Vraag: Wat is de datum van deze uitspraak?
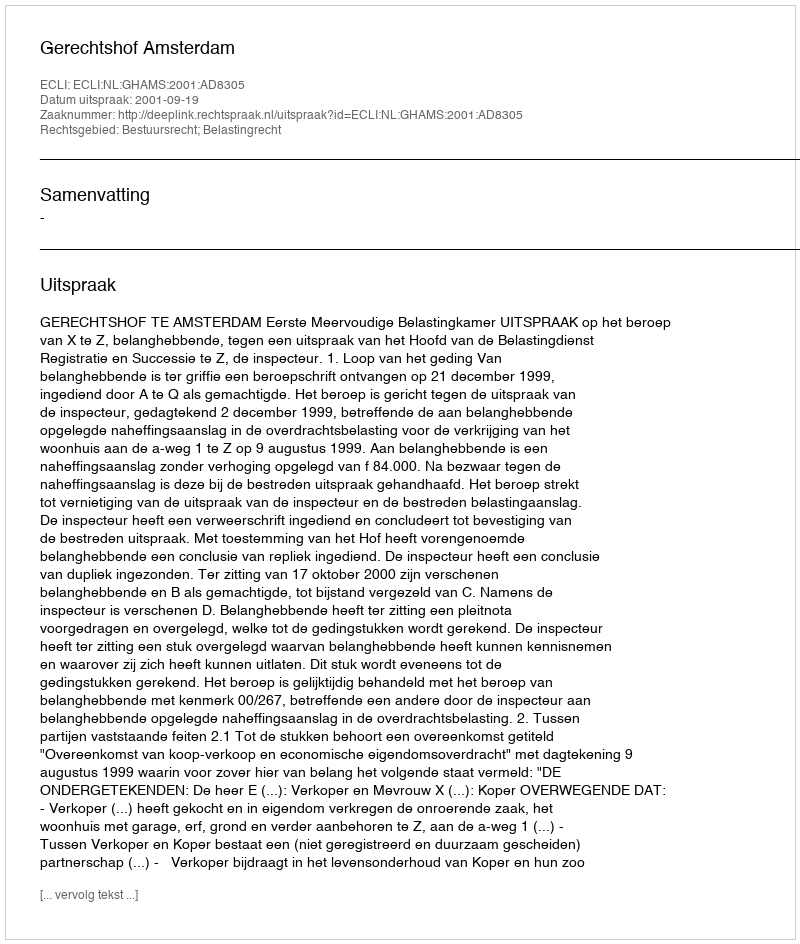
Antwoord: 2001-09-19